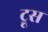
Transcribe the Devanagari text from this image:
ट्रूस